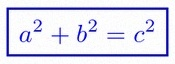
a^2+b^2=c^2